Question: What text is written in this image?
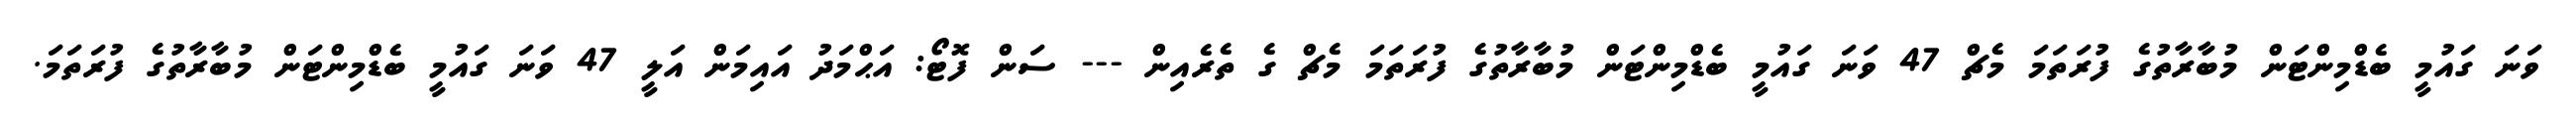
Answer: ވަނަ ގައުމީ ބެޑްމިންޓަން މުބާރާތުގެ ފުރަތަމަ މެޗް 47 ވަނަ ގައުމީ ބެޑްމިންޓަން މުބާރާތުގެ ފުރަތަމަ މެޗް ގެ ތެރެއިން --- ސަން ފޮޓޯ: އަޙްމަދު އައިމަން އަލީ 47 ވަނަ ގައުމީ ބެޑްމިންޓަން މުބާރާތުގެ ފުރަތަމަ.